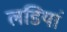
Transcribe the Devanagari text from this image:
लडियां